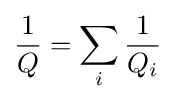
{\frac {1}{Q}}=\sum _{i}{\frac {1}{Q_{i}}}